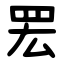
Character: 䍔